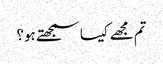
تم مجھے کیسا سمجھتے ہو؟